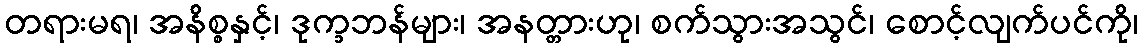
တရားမရ၊ အနိစ္စနှင့်၊ ဒုက္ခဘန်များ၊ အနတ္တားဟု၊ စက်သွားအသွင်၊ စောင့်လျက်ပင်ကို၊